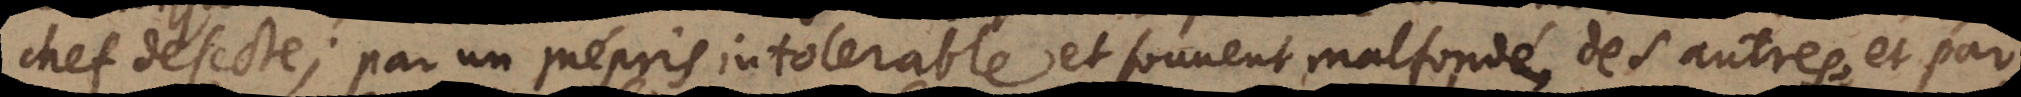
chef de secte; par un mépris intolerable et souvent mal fondé des autres, et par